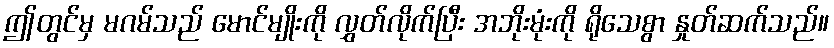
ဤတွင်မှ မဂမ်သည် မောင်မျိုးကို လွှတ်လိုက်ပြီး အဘိုးမုံးကို ရိုသေစွာ နှုတ်ဆက်သည်။